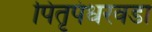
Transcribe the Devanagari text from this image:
पितृपंधरवडा